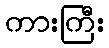
ကားကြီး